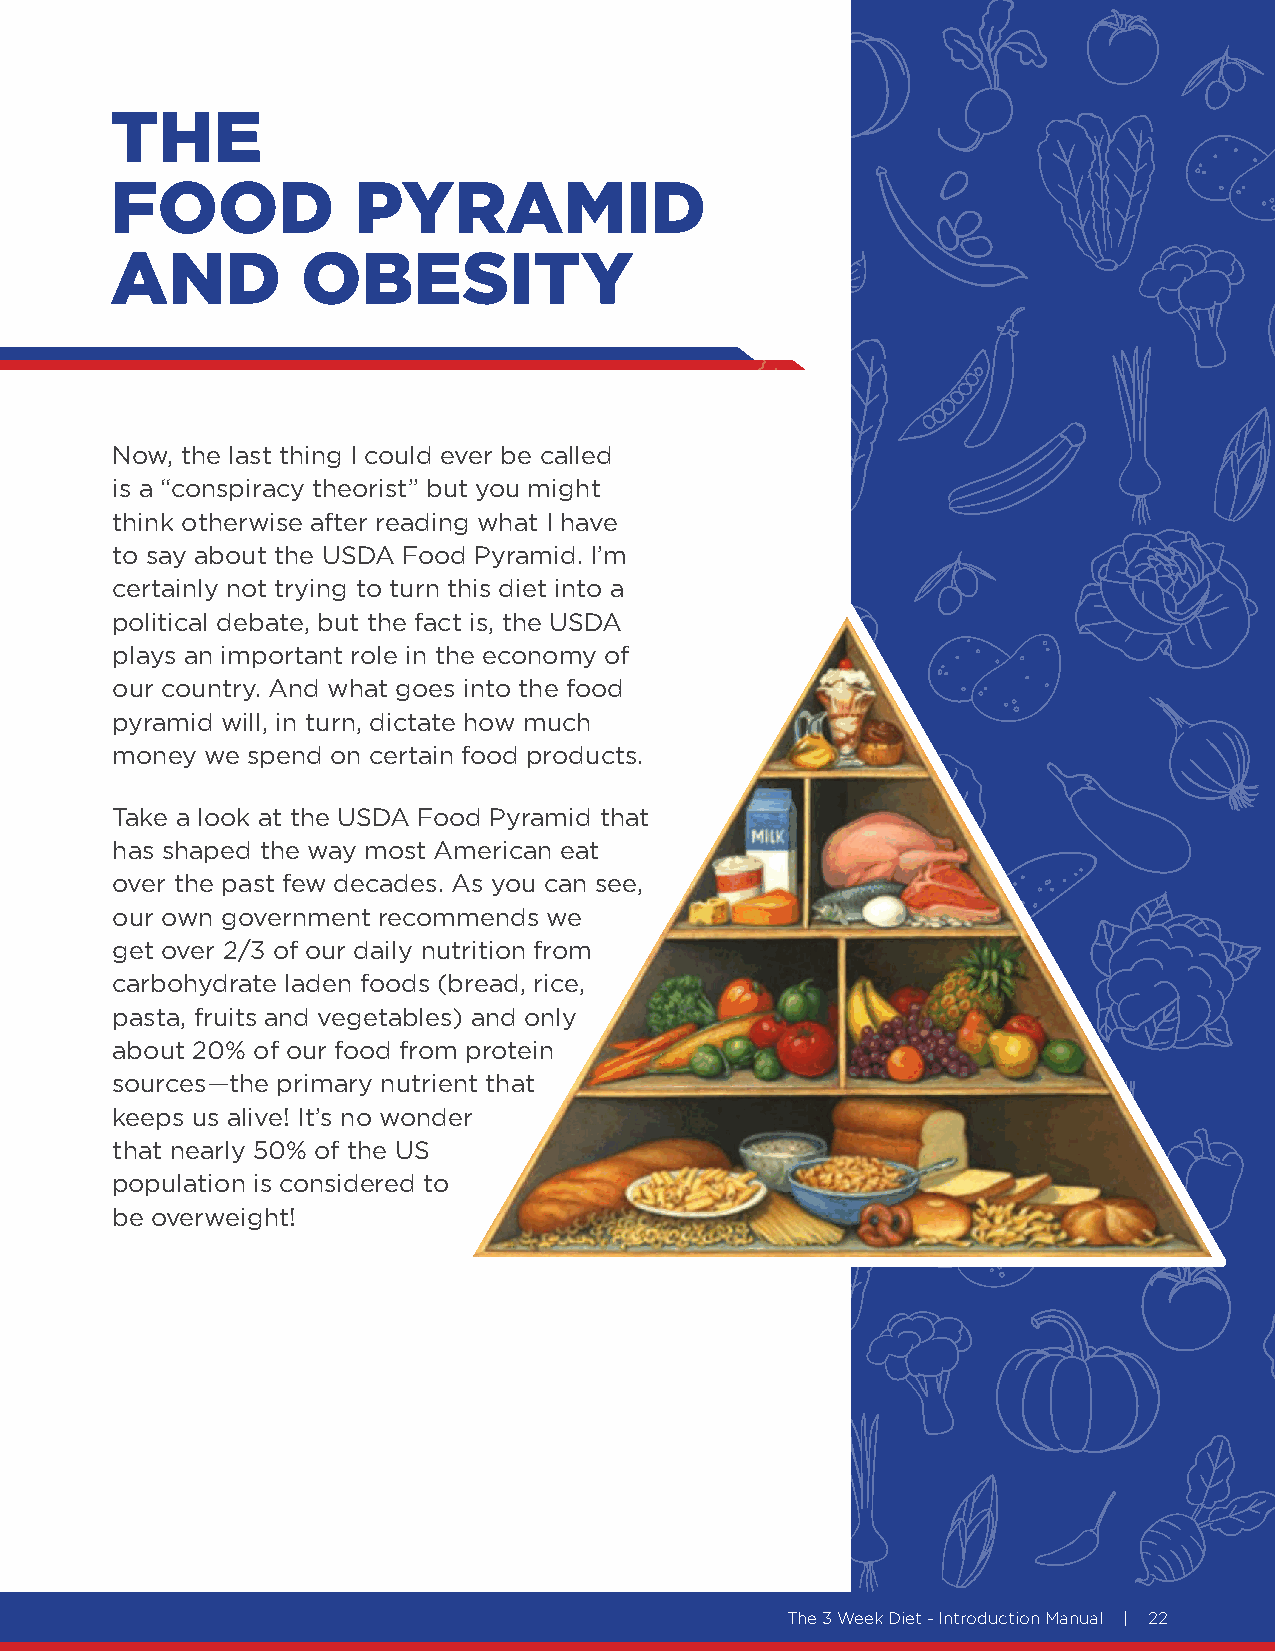
THE
 FOOD            PYRAMID
 AND          OBESITY
 Now, the last thing I could ever be called
 is a “conspiracy theorist” but you might
 think otherwise after reading what I have
 to say about the USDA Food Pyramid. I’m
 certainly not trying to turn this diet into a
 political debate, but the fact is, the USDA
 plays an important role in the economy of
 our country. And what goes into the food
 pyramid will, in turn, dictate how much
 money  we spend on certain food products.
 Take a look at the USDA Food Pyramid that
 has shaped the way most American eat
 over the past few decades. As you can see,
 our own government recommends we
 get over 2/3 of our daily nutrition from
 carbohydrate laden foods (bread, rice,
 pasta, fruits and vegetables) and only
 about 20% of our food from protein
 sources—the primary nutrient that
 keeps us alive! It’s no wonder
 that nearly 50% of the US
 population is considered to
 be overweight!
 The 3 Week Diet - Introduction Manual | 22